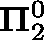
\mathbf { \Pi } _ { 2 } ^ { 0 }